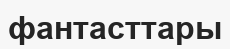
фантасттары